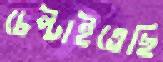
চেপ্‌টাইতেছি